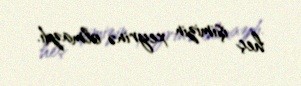
heç işimizin xeyrinə olmazdı.